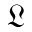
\mathfrak { L }